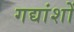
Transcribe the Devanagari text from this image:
गद्यांशों